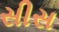
સીસ